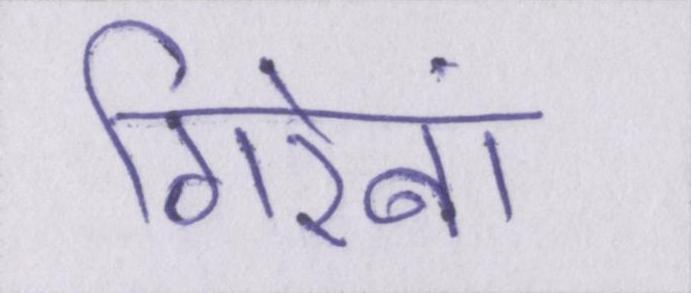
गिरेबां